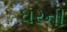
ઘરની